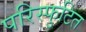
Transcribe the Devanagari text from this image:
परिस्फुटित